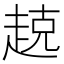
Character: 𫎵